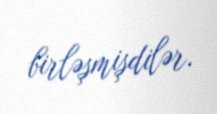
birləşmişdilər.